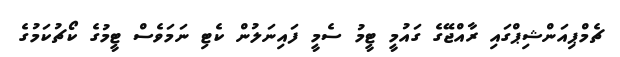
ޗެމްޕިއަންޝިޕްގައި ރާއްޖޭގެ ގައުމީ ޓީމު ސެމީ ފައިނަލުން ކެޓި ނަމަވެސް ޓީމުގެ ކޯޗުކަމުގެ